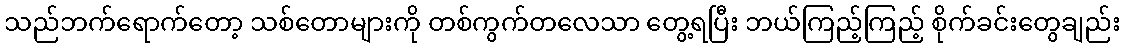
သည်ဘက်ရောက်တော့ သစ်တောများကို တစ်ကွက်တလေသာ တွေ့ရပြီး ဘယ်ကြည့်ကြည့် စိုက်ခင်းတွေချည်း